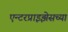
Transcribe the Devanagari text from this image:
एन्टरप्राइझेसच्या